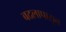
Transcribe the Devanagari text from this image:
बदलापासून